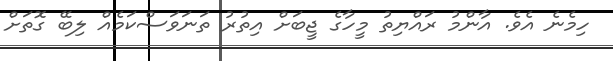
ހިމެނެ އެވެ. އާންމު ރައްޔިތު މީހާގެ ޖީބަށް އިތުރު ތަނަވަސްކަމެއް ލިބޭ ގޮތަށް